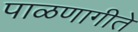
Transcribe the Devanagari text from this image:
पाळणागीते